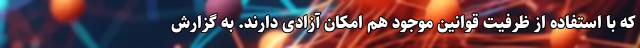
که با استفاده از ظرفیت قوانین موجود هم امکان آزادی دارند. به گزارش